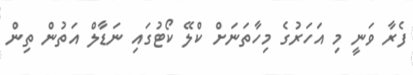
ފެރާ ވަނީ މި އަހަރުގެ މިހާތަނަށް ކްލޭ ކޯޓުގައި ނަޑާލް އަތުން ތިން